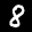
Label: 8